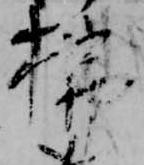
払